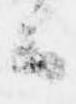
候